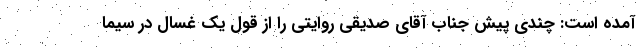
آمده است: چندی پیش جناب آقای صدیقی روایتی را از قول یک غسّال در سیما